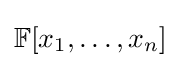
\mathbb {F} [x_{1},\ldots ,x_{n}]